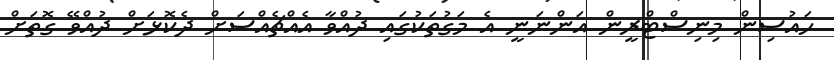
ހައުސިން މިނިސްޓްރީން އަންނަނީ އެ މަގުތަކުގައި ދުއްވާ އެއްޗެއްސަށް ދެކޮޅަށް ދުއްވޭ ގޮތަށް